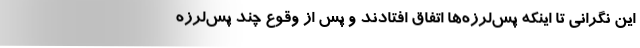
این نگرانی تا اینکه پس‌لرزه‌ها اتفاق افتادند و پس از وقوع چند پس‌لرزه